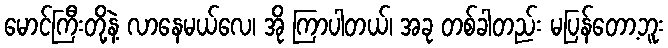
မောင်ကြီးတို့နဲ့ လာနေမယ်လေ၊ အို ကြာပါတယ်၊ အခု တစ်ခါတည်း မပြန်တော့ဘူး